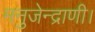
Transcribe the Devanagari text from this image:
मनुजेन्द्राणी।